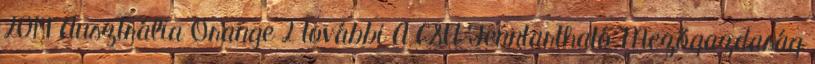
2019 Ausztrália Orange 2 további A CSU Fenntartható Mezőgazdaság